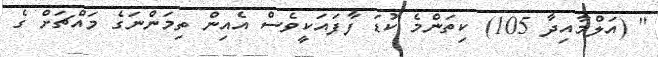
'' (އަލްމާއިދާ 105) ކިތަންމެ ކުޑަ ފާފައަކީވެސް އެއިން ތިމަންނަގެ މައްޗަށް ގެ